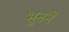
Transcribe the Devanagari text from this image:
भुननें